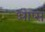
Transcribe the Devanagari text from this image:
आप्स